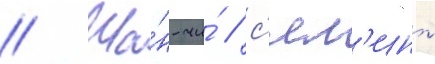
// Ша́н-чи́ / с'ял'инь